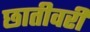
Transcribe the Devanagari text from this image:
छातीवरी